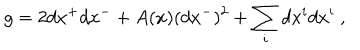
g = 2 d x ^ { + } d x ^ { - } + A ( x ) ( d x ^ { - } ) ^ { 2 } + \sum _ { i } d x ^ { i } d x ^ { i } ~ ,